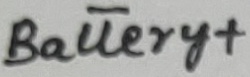
Text: Battery+